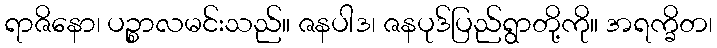
ရာဇိနော၊ ပဉ္စာလမင်းသည်။ ဇနပါဒ၊ ဇနပုဒ်ပြည်ရွာတို့ကို။ အရက္ခိတ၊